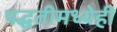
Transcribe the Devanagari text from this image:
पद्धतीमध्येही